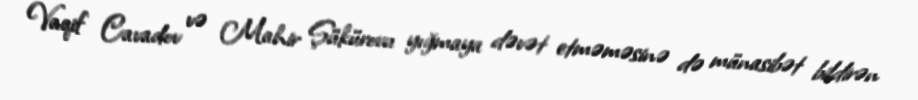
Vaqif Cavadov və Mahir Şükürovu yığmaya dəvət etməməsinə də münasibət bildirən